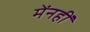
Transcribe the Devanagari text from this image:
मेंनहीं